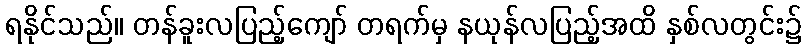
ရနိုင်သည်။ တန်ခူးလပြည့်ကျော် တရက်မှ နယုန်လပြည့်အထိ နှစ်လတွင်း၌